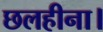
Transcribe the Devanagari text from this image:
छलहीना।